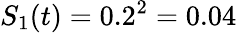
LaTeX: S_{1}(t)=0.2^{2}=0.04